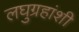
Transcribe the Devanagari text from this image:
लघुग्रहांशी